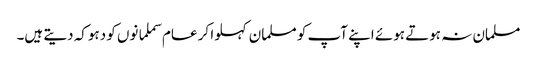
مسلمان نہ ہوتے ہوئے اپنے آپ کو مسلمان کہلوا کر عام سملمانوں کو دہوکہ دیتے ہیں۔